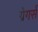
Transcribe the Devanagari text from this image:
ग्रेगर्स